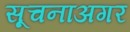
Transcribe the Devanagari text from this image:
सूचनाअगर